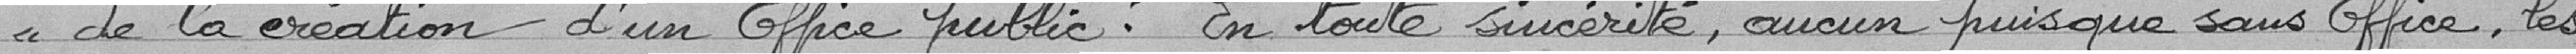
" de la création d'un office public ? En toute sincérité, aucun puisque sans office, les